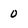
Character: 0